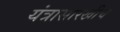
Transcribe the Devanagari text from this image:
यंत्रासारखीच